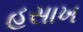
હસાખ